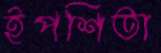
ইপশিতা